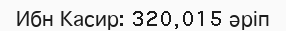
Ибн Касир: 320,015 әріп